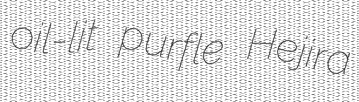
oil-lit purfle Hejira